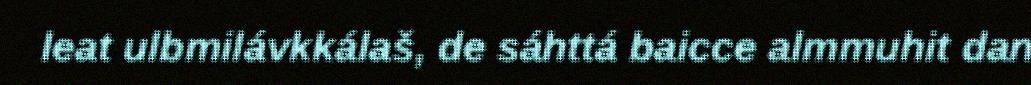
leat ulbmilávkkálaš, de sáhttá baicce almmuhit dan